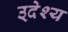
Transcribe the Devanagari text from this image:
उ्देश्य